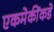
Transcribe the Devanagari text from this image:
एकमेकींकडे